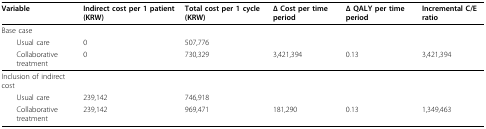
<table><thead><tr><td><b>Variable</b></td><td><b>Indirect cost per 1 patient (KRW)</b></td><td><b>Total cost per 1 cycle (KRW)</b></td><td><b>Δ Cost per time period</b></td><td><b>Δ QALY per time period</b></td><td><b>Incremental C/E ratio</b></td></tr></thead><tbody><tr><td>Base case</td><td></td><td></td><td></td><td></td><td></td></tr><tr><td> Usual care</td><td>0</td><td>507,776</td><td></td><td></td><td></td></tr><tr><td> Collaborative treatment</td><td>0</td><td>730,329</td><td>3,421,394</td><td>0.13</td><td>3,421,394</td></tr><tr><td>Inclusion of indirect cost</td><td></td><td></td><td></td><td></td><td></td></tr><tr><td> Usual care</td><td>239,142</td><td>746,918</td><td></td><td></td><td></td></tr><tr><td> Collaborative treatment</td><td>239,142</td><td>969,471</td><td>181,290</td><td>0.13</td><td>1,349,463</td></tr></tbody></table>